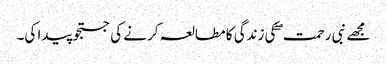
مجھے نبی رحمت ۖ کی زندگی کا مطالعہ کرنے کی جستجو پیدا کی۔